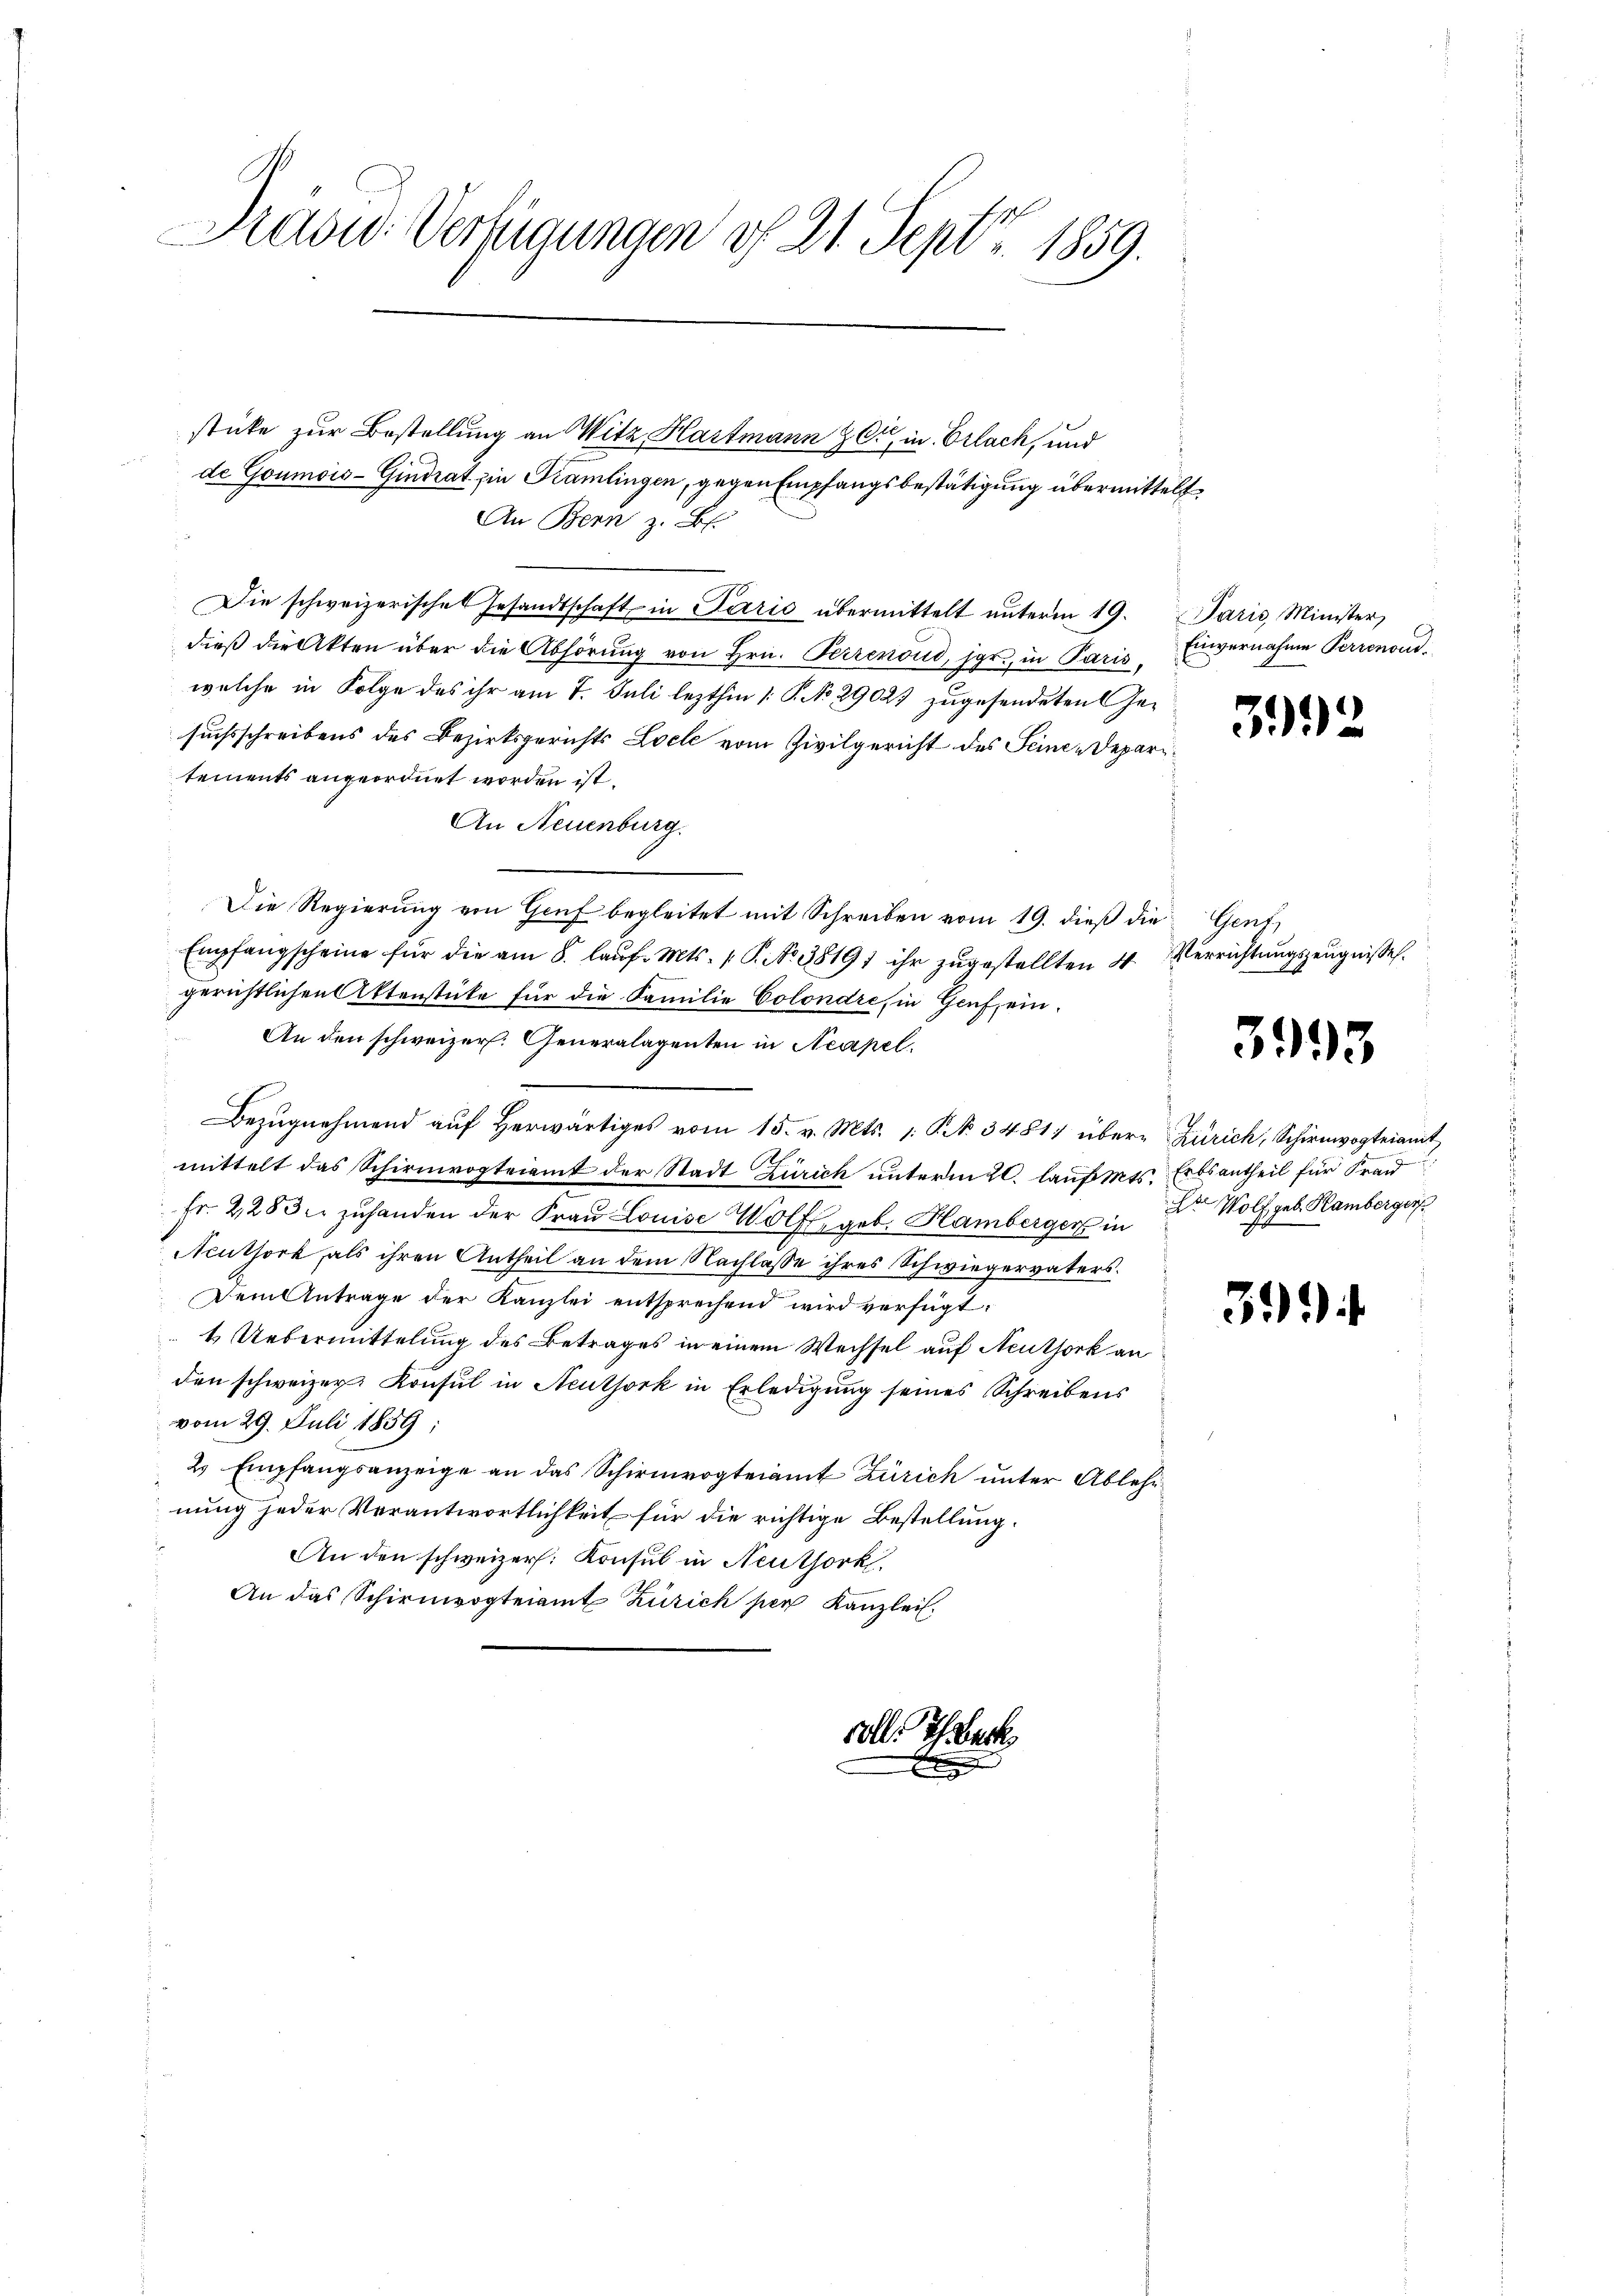
Präsid.: Verfügungen of 21. Sept. 1859.

stücke zur Bestellung an Witz Hartmann C. in Erlach, und
de Goumois-Gindrat in Kramlingen, gegen Empfangsbestätigung übermittelt
An Bern z. B.
Die schweizerisches Gesandtschaft in Paris übermittelt unterm 19. Paris Minister,
dieß die Akten über die Abhörung von Hrn. Perrenoud, jar., in Paris,
welche in Folge des ihr am 7. Juli lezthin /: P. No 29027 zugesendeten Gesuchsschreibens des Bezirksgerichts Loche vom Zivilgericht des Seinen Departements angeordnet worden ist.
An Neuenburg.
Die Regierŭng von Genf begleitet mit Schreiben vom 19. dieß die Gent,
Empfangscheine für die am 8. laŭf. Mts. 1. P. Nr. 3819) ihr zŭgestellten 4.
gerichtlichen Aktenstüke für die Familie Colondre, in Genf, ein¬
An den schweizer. Generalagenten in Neapel.
Bezŭgnahmend aŭf herwärtiges vom 15. v. Mts. 1. §. 34811 über Zürich, Schirmvogteiamt
mittelt das Schirmvogteiamt der Stadt Zürich unterm 20. lauferts Erbsantheil für Fran
fr. 2283. zŭ handen der Fraŭ Louise Wolf, geb. Hamberger in Dr Wolf geb. Hamberger
Neuthork, als ihren Antheil an dem Nachlasse ihres Schwiegervaters
Dem Antrage der Kanzlei entsprechend wird verfügt:
4. Uebermittelung des Betrages in einem Wechsel auf Neuthork an
den schweizer. Konsul in Aeuthork in Erledigung seines Schreibens
vom 29. Juli 1859:
2 Empfangsanzeige an das Schirmvogteiamt Zürich unter Ablehrnung jeder Verantwortlichkeit für die richtige Bestellung.
An den schweizer. Konsul in Neuthork
An das Schirmvogteiamt Zürich per Kanzlei.

soll. Ich erk
x

Einvernahme Perrenoud.

32

Verrichtungszeugnisse.

393

3